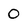
Character: 0